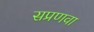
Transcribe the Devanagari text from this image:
सप्रणवा